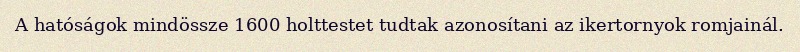
A hatóságok mindössze 1600 holttestet tudtak azonosítani az ikertornyok romjainál.